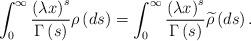
LaTeX: \begin{align*}\int_{0}^{\infty }\frac{\left( \lambda x\right) ^{s}}{\Gamma \left( s\right) }\rho \left( ds\right) =\int_{0}^{\infty }\frac{\left( \lambda x\right) ^{s}}{\Gamma \left( s\right) }\widetilde{\rho }\left( ds\right) . \end{align*}